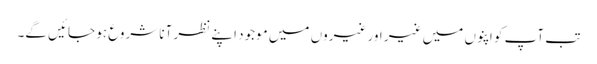
تب آپ کو اپنوں میں غیر اور غیروں میں موجود اپنے نظر آنا شروع ہو جائیں گے۔